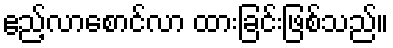
ဧည့်လာစောင်လာ ထားခြင်းဖြစ်သည်။